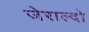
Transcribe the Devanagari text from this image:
जेराल्दो